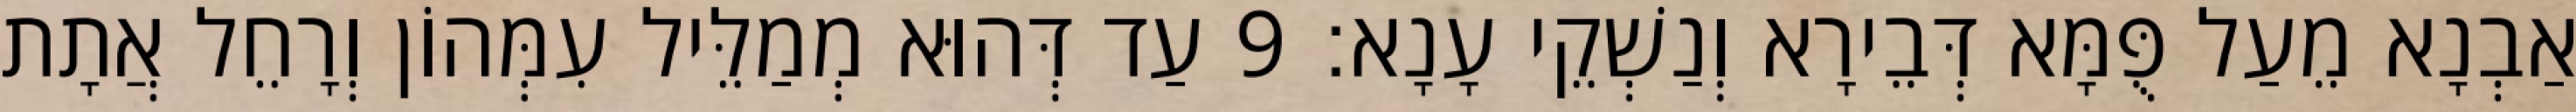
אַבְנָא מֵעַל פֻּמָּא דְּבֵירָא וְנַשְׁקֵי עָנָא׃ 9 עַד דְּהוּא מְמַלֵּיל עִמְּהוֹן וְרָחֵל אֲתָת